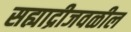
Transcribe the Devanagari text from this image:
सह्याद्रीजवळील